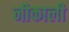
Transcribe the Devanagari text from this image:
नीकाली